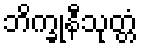
ဘိက္ခုနီသုတ္တံ